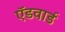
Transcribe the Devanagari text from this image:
ऍडवार्ड